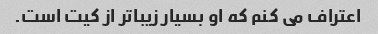
اعتراف می کنم که او بسیار زیباتر از کیت است.